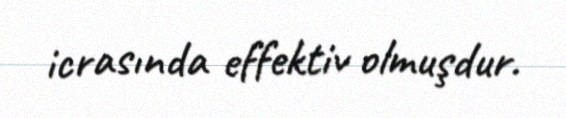
icrasında effektiv olmuşdur.